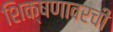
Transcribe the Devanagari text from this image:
शिक्षणावरची